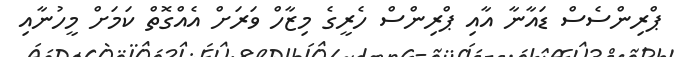
ޕްރިންސެސް ޑައާނާ އާއި ޕްރިންސް ހެރީގެ މިޒާހް ވަރަށް އެއްގޮތް ކަމަށް މީހުނާއި